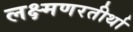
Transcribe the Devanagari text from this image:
लक्ष्मणरतीर्था